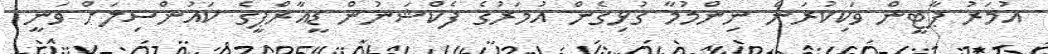
އުމަރު ޕާޓީން ވަކިކުރަން ނިންމުމާ ގުޅިގެން އުމަރުގެ ފެކްޝަނުން ޑީއާރްޕީގެ ކައުންސިލަށް ވަނީ